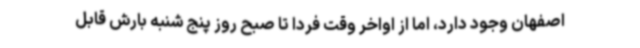
اصفهان وجود دارد، اما از اواخر وقت فردا تا صبح روز پنج شنبه بارش قابل